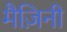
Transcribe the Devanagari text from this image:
मैज़िनी